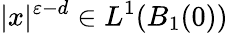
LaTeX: |x|^{\varepsilon-d}\in L^{1}(B_{1}(0))